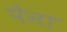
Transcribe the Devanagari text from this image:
पेऩा